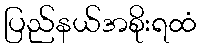
ပြည်နယ်အစိုးရထံ